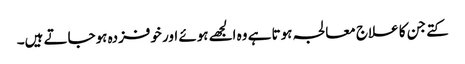
کتے جن کا علاج معالجہ ہوتا ہے وہ الجھے ہوئے اور خوفزدہ ہوجاتے ہیں۔